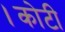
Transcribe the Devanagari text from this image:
।कोटी